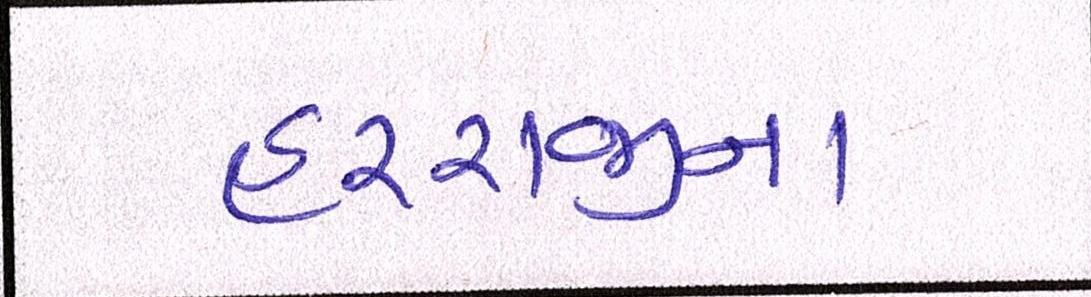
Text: હરરાજીના